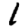
Digit: 1